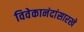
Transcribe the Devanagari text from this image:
विवेकानंदांसारखे